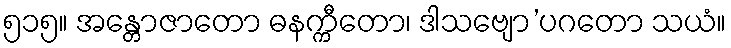
၅၁၅။ အန္တောဇာတော ဓနက္ကီတော၊ ဒါသဗျော’ပဂတော သယံ။